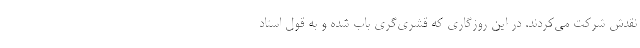
نقدش شرکت می‌کردند. در این روزگاری که قشری‌گری باب شده و به قول استاد